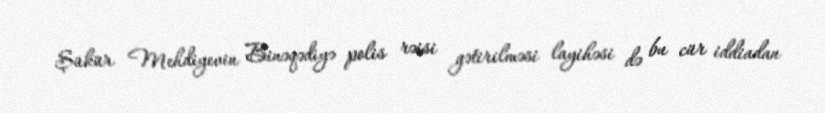
Şükür Mehdiyevin Binəqədiyə polis rəisi gətirilməsi layihəsi də bu cür iddiadan